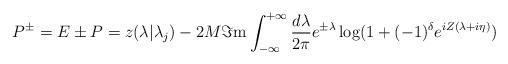
LaTeX: \begin{align*}P^{\pm }=E\pm P=z(\lambda |\lambda _{j})-2M\Im \mathrm{m}\int _{-\infty }^{+\infty }\frac{d\lambda }{2\pi }e^{\pm \lambda }\log (1+(-1)^{\delta }e^{iZ(\lambda +i\eta )})\end{align*}